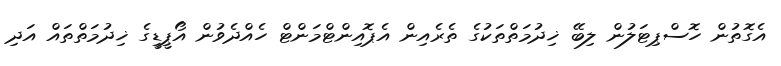
އެގޮތުން ހޮސްޕިޓަލުން ލިބޭ ޚިދުމަތްތަކުގެ ތެރެއިން އެޕޮއިންޓްމަންޓް ހެއްދެވުން އޯޕީޑީގެ ޚިދުމަތްތައް އަދި